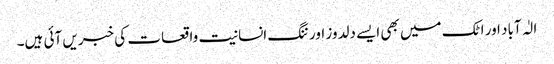
الٰہ آباد اور اٹک میں بھی ایسے دلدوز اور ننگ انسانیت واقعات کی خبریں آئی ہیں۔